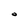
Character: O